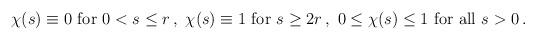
LaTeX: \begin{align*}\begin{aligned}\chi (s) \equiv 0 \textrm{ for } 0 < s \leq r \,, \ \chi (s) \equiv 1 \textrm{ for } s \geq 2 r \,, \ 0 \leq \chi (s) \leq 1 \textrm{ for all } s > 0 \,.\end{aligned}\end{align*}